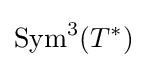
{\text{Sym}}^{3}(T^{*})